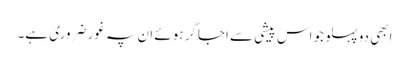
ابھی دو پہلو جو اس پیشی سے اجاگر ہوئے ان پہ غور ضروری ہے۔